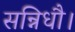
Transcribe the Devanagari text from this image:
सन्निधौ।